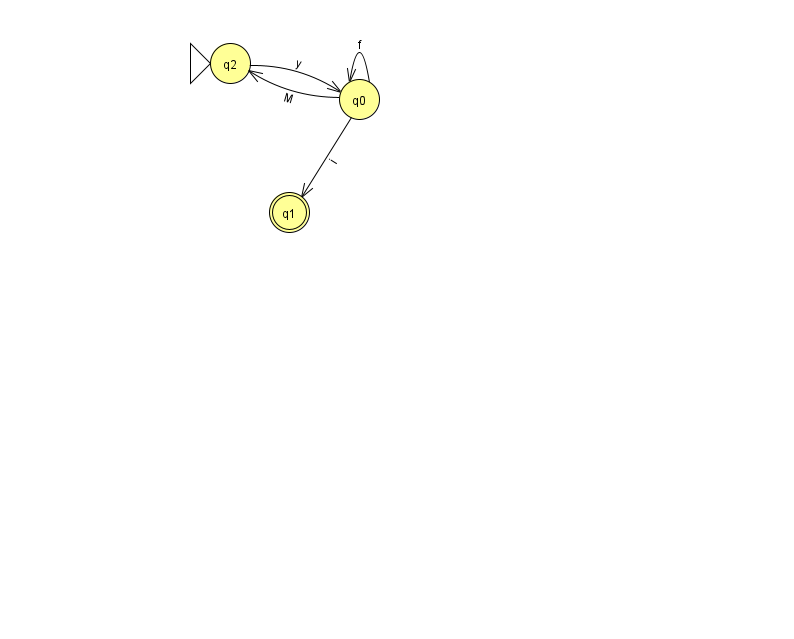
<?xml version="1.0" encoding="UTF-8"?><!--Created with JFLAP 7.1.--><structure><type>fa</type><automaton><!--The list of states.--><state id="0" name="q0"><x>359.0</x><y>86.0</y></state><state id="1" name="q1"><x>289.0</x><y>199.0</y><final/></state><state id="2" name="q2"><x>230.0</x><y>50.0</y><initial/></state><!--The list of transitions.--><transition><from>0</from><to>0</to><read>f</read></transition><transition><from>0</from><to>2</to><read>M</read></transition><transition><from>2</from><to>0</to><read>y</read></transition><transition><from>0</from><to>1</to><read>i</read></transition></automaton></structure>